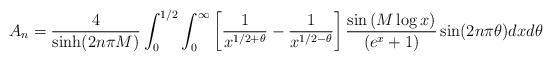
LaTeX: \begin{align*}\begin{aligned}A_n &=\frac{4}{\sinh(2n\pi M)}\int_0^{1/2}\int_{0}^{\infty} \left[\frac{1}{x^{1/2+\theta}}-\frac{1}{x^{1/2-\theta}}\right]\frac{\sin\left(M\log x\right) }{\left(e^{x}+1\right)} \sin(2n\pi\theta) dx d\theta\\\end{aligned}\end{align*}